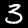
Digit: 3